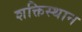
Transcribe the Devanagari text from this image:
शक्तिस्थान